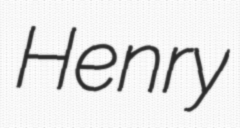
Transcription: Henry